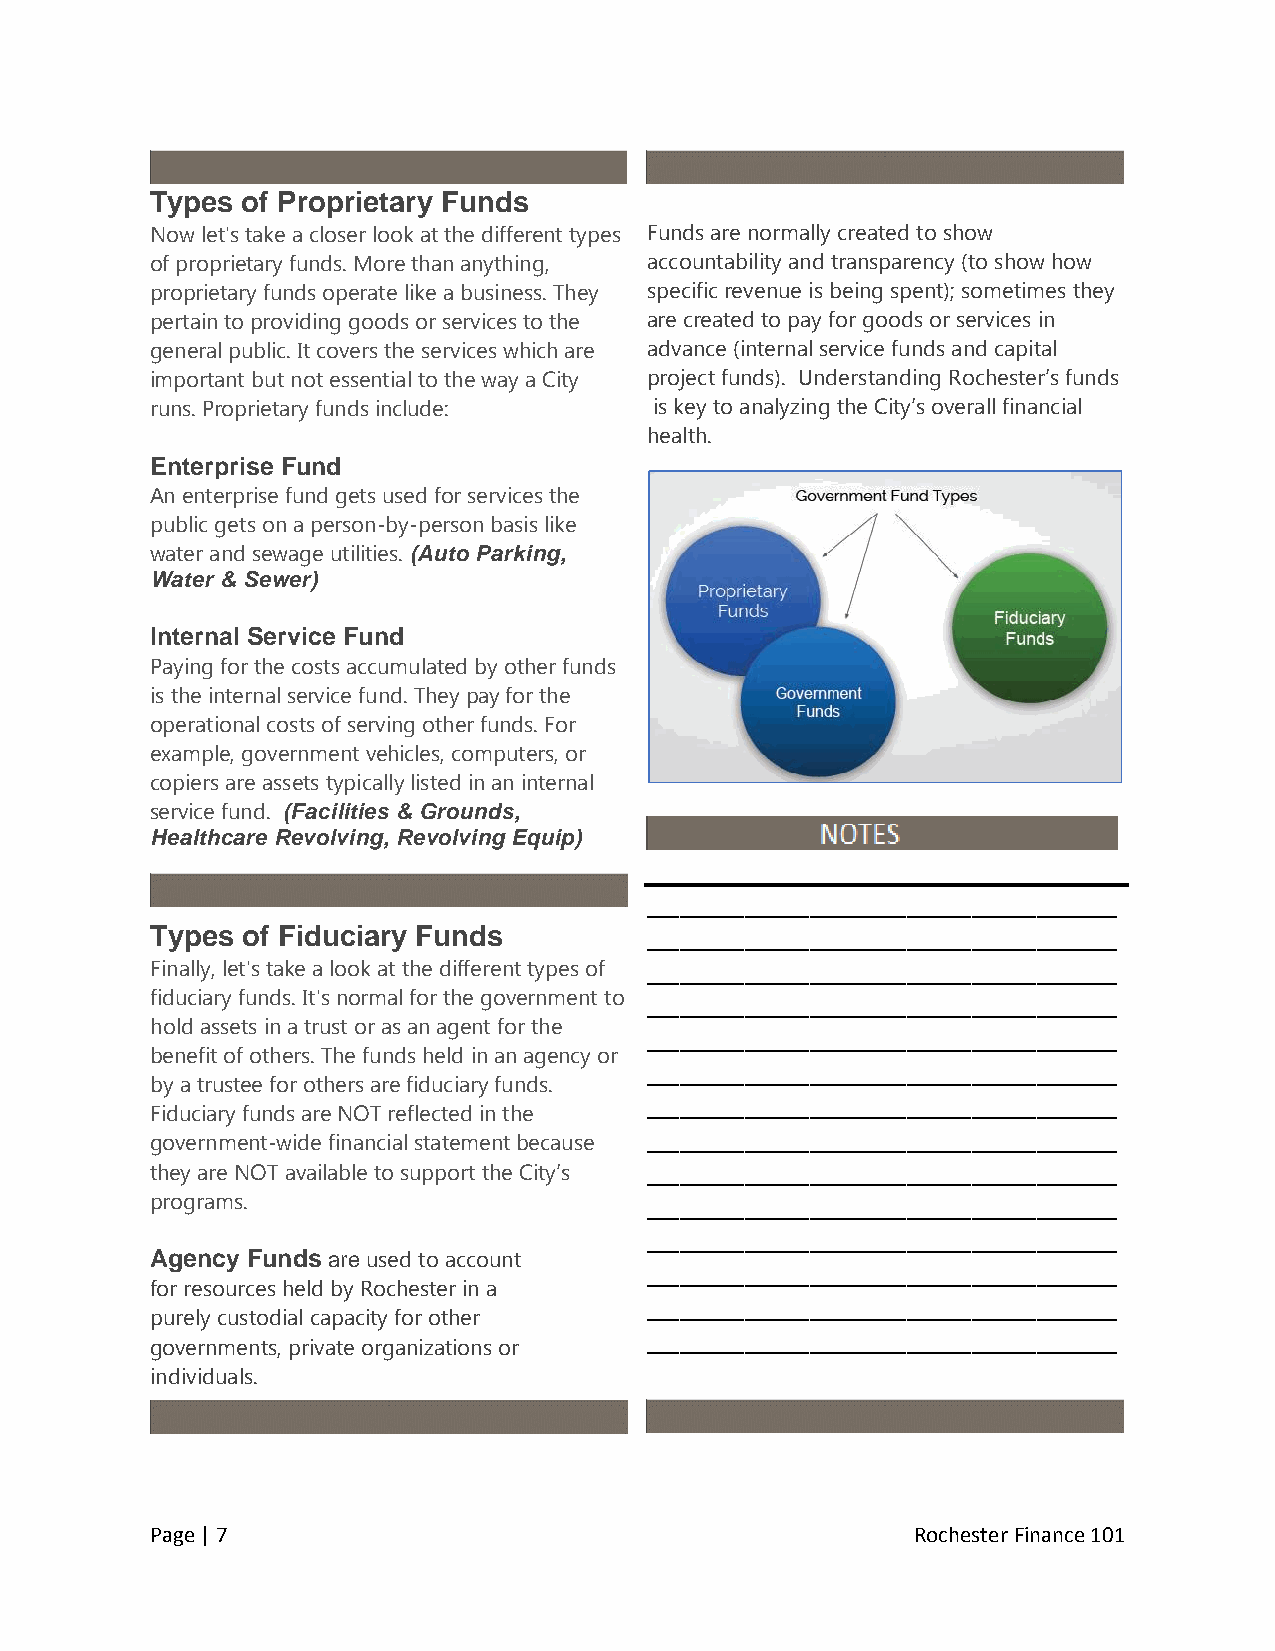
Types of Proprietary Funds
 Now let's take a closer look at the different types Funds are normally created to show
 of proprietary funds. More than anything, accountability and transparency (to show how
 proprietary funds operate like a business. They specific revenue is being spent); sometimes they
 pertain to providing goods or services to the are created to pay for goods or services in
 general public. It covers the services which are advance (internal service funds and capital
 important but not essential to the way a City project funds). Understanding Rochester’s funds
 runs. Proprietary funds include: is key to analyzing the City’s overall financial
 health.
 Enterprise Fund
 An enterprise fund gets used for services the
 public gets on a person-by-person basis like
 water and sewage utilities. (Auto Parking,
 Water & Sewer)
 Internal Service Fund
 Paying for the costs accumulated by other funds
 is the internal service fund. They pay for the
 operational costs of serving other funds. For
 example, government vehicles, computers, or
 copiers are assets typically listed in an internal
 service fund. (Facilities & Grounds,
 Healthcare Revolving, Revolving Equip)
 _____________________________
 Types of Fiduciary Funds         _____________________________
 Finally, let's take a look at the different types of _____________________________
 fiduciary funds. It's normal for the government to _____________________________
 hold assets in a trust or as an agent for the
 _____________________________
 benefit of others. The funds held in an agency or
 _____________________________
 by a trustee for others are fiduciary funds.
 _____________________________
 Fiduciary funds are NOT reflected in the
 _____________________________
 government-wide financial statement because
 they are NOT available to support the City’s _____________________________
 programs.                        _____________________________
 _____________________________
 Agency Funds are used to account
 _____________________________
 for resources held by Rochester in a
 _____________________________
 purely custodial capacity for other
 _____________________________
 governments, private organizations or
 individuals.
 Page | 7                                           Rochester Finance 101